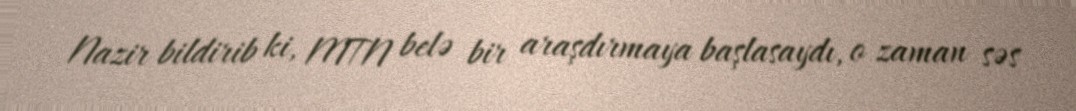
Nazir bildirib ki, MTN belə bir araşdırmaya başlasaydı, o zaman səs